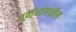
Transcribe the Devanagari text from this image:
पूर्वार्धामधील